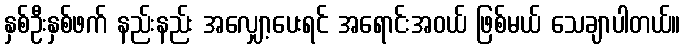
နှစ်ဦးနှစ်ဖက် နည်းနည်း အလျှော့ပေးရင် အရောင်းအဝယ် ဖြစ်မယ် သေချာပါတယ်။